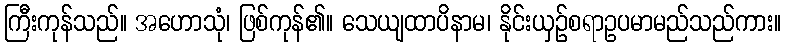
ကြီးကုန်သည်။ အဟောသုံ၊ ဖြစ်ကုန်၏။ သေယျထာပိနာမ၊ နိုင်းယှဉ်စရာဥပမာမည်သည်ကား။